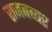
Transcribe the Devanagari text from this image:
राजबब्बर